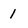
Character: 1